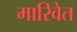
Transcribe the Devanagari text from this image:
मारिवेत